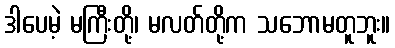
ဒါပေမဲ့ မကြီးတို့၊ မလတ်တို့က သဘောမတူဘူး။